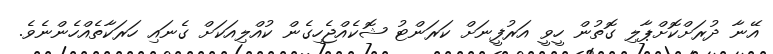
އޭނާ ދުރަށްކޮށްޕާލި ގޮތުން ހީވީ އަރުފީނަށް ކަރަންޓު ޝޮކެއްޖެހިގެން ކުއްލިއަކަށް ގެނައި ހަރަކާތެއްހެންނެވެ.